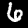
Label: 6